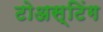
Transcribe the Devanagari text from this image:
टोअस्टिंग